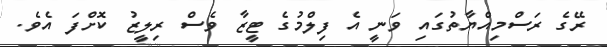
ރޭގެ ރަސްމިއްޔާތުގައި ވަނީ އެ ފިލްމުގެ ޓީޒާ ވެސް ރިލީޒު ކޮށްފަ އެވެ.